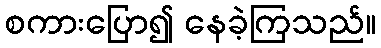
စကားပြော၍ နေခဲ့ကြသည်။